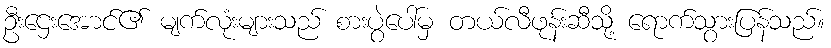
ဦးဌေးအောင်၏ မျက်လုံးများသည် စားပွဲပေါ်မှ တယ်လီဖုန်းဆီသို့ ရောက်သွားပြန်သည်။